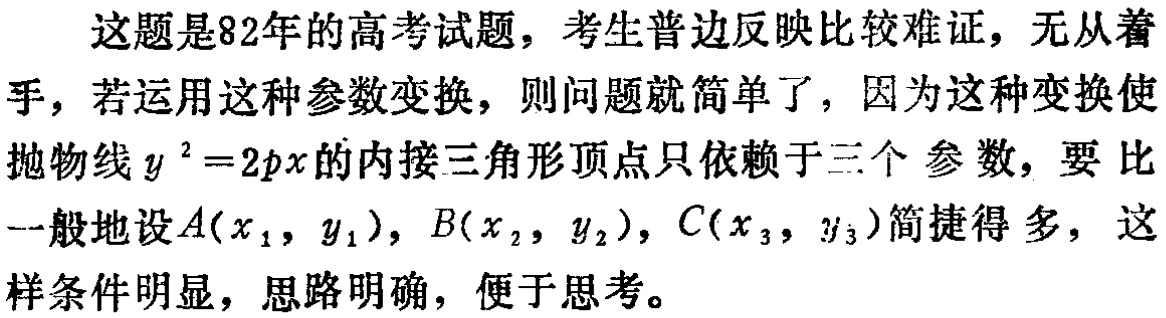
这题是82年的高考试题，考生普边反映比较难证，无从着手，若运用这种参数变换，则问题就简单了，因为这种变换使抛物线\(y^{2}=2px\)的内接三角形顶点只依赖于三个参数，要比一般地设\(A(x_{1},y_{1})\)，\(B(x_{2},y_{2})\)，\(C(x_{3},y_{3})\)简捷得多，这样条件明显，思路明确，便于思考。